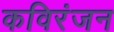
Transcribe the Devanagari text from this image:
कविरंजन